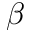
\beta